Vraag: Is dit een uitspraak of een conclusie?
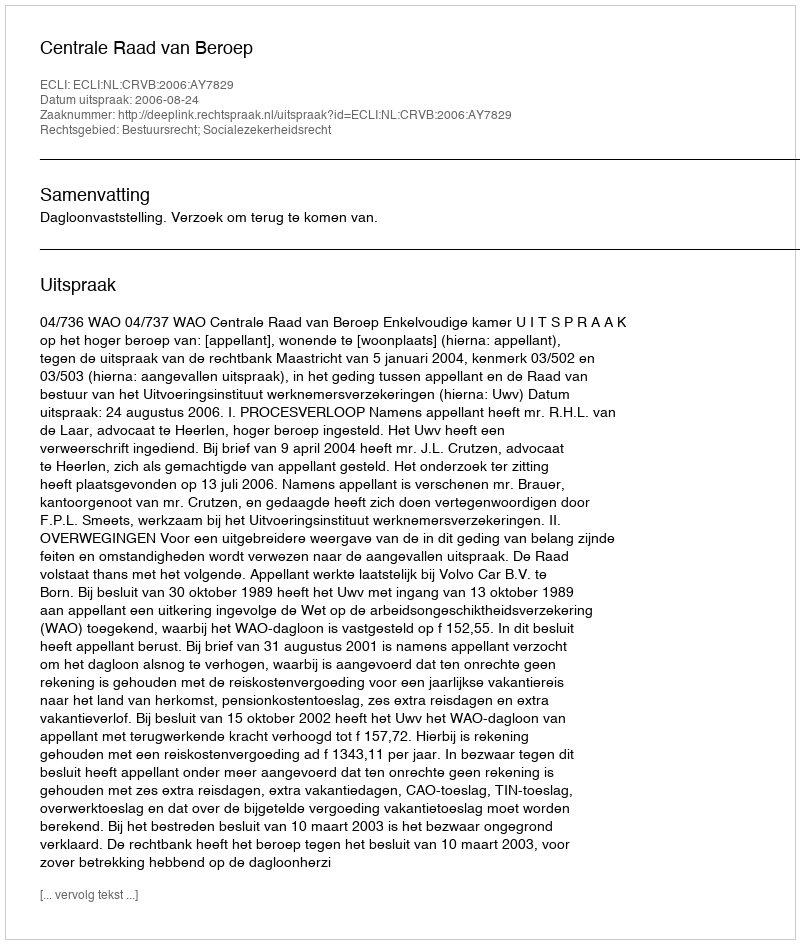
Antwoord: Uitspraak